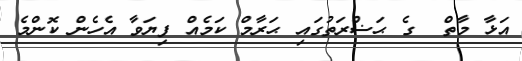
އަޅާ މާތް  ގެ ޙަޟްރަތުގައި ޙަރާމް ކަމެއް ފިޔަވާ އެހެން ކޮންމެ